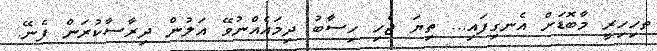
ތހިހިރީ މާބޮޑަށް އެނގިފައި... ތިޔަ ޖެހި ހިސާބު ދިމައެއްނުވޭ އަލުން ދިރާސާކުރަން ފެނޭ.